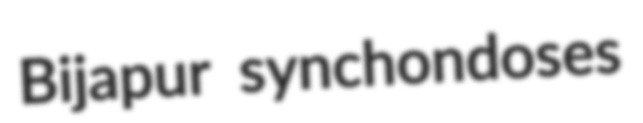
Bijapur synchondoses